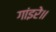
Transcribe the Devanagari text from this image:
गांइरे॥